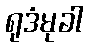
ရုဒံမုခါ